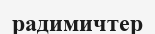
радимичтер